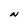
Character: N